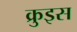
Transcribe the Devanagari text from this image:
क्रुइस